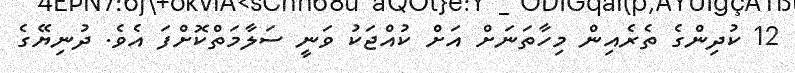
12 ކުދިންގެ ތެރެއިން މިހާތަނަށް އަށް ކުއްޖަކު ވަނީ ސަލާމަތްކޮށްފަ އެވެ. ދުނިޔޭގެ